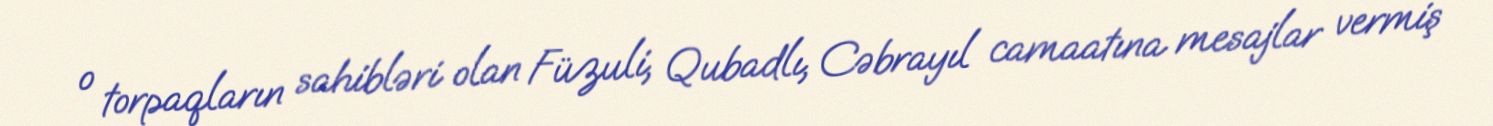
o torpaqların sahibləri olan Füzuli, Qubadlı, Cəbrayıl camaatına mesajlar vermiş